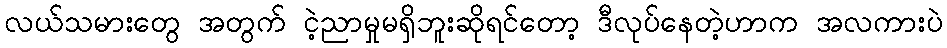
လယ်သမားတွေ အတွက် ငဲ့ညာမှုမရှိဘူးဆိုရင်တော့ ဒီလုပ်နေတဲ့ဟာက အလကားပဲ